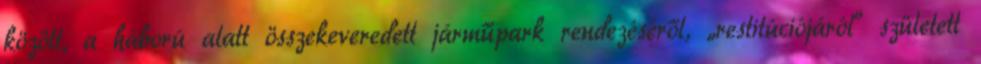
között, a háború alatt összekeveredett járműpark rendezéséről, „restitúciójáról” született